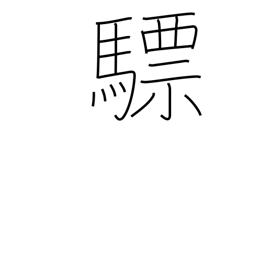
Meaning: white horse